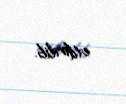
etdirilib.